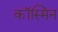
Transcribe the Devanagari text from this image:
कॉस्मिन